King Institute of Preventive Medicine Bacteriolog. Section reports 1907-08
Year: 1907
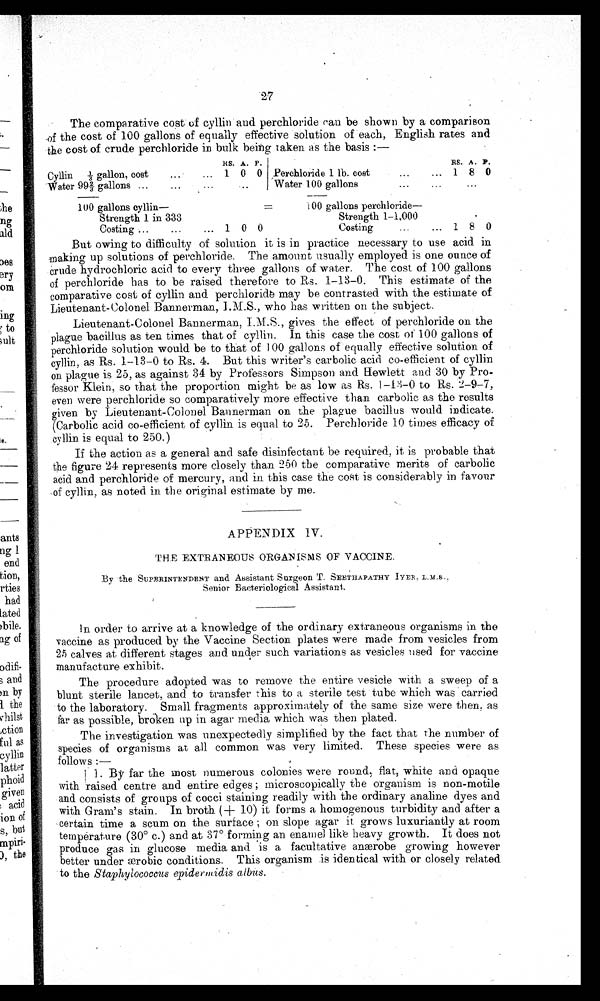
27
The comparative cost of cyllin and perchloride can be shown by a comparison
of the cost of 100 gallons of equally effective solution of each, English rates and
the cost of crude perchloride in bulk being taken as the basis : —
R S . A . P .
R
s . A .
P .
Cyllin1/3 gallon, cost
1 0 0 Perchloride 1 lb. cost
... 1 8 0
Water 99 2/3 gallons
Water 100 gallons
100 gallons cyllin— 100 gallons perchloride-
Strength 1 in 333
Strength 1-1,000
Costing...
... 1 0 0
Costing
... 1 8 0
But owing to difficulty of solution it is in practice necessary to use acid in
making up solutions of perchloride. The amount usually employed is one ounce of
crude hydrochloric acid to every three gallons of water. The cost of 100 gallons
of perchloride has to be raised therefore to Rs. 1-13-0. This estimate of the
comparative cost of cyllin and perchloride may be contrasted with the estimate of
Lieutenant-Colonel Bannerman, I.M.S., who has written on the subject.
Lieutenant-Colonel Bannerman, I.M.S., gives the effect of perchloride on the
plague bacillus as ten times that of cyllin. In this case the cost of 100 gallons of
perchloride solution would be to that of 100 gallons of equally effective solution of
cyllin, as Rs. 1-13-0 to Rs. 4. But this writer's carbolic acid co-efficient of cyllin
on plague is 25, as against 34 by Professors Simpson and Hewlett and 30 by Pro-
fessor Klein, so that the proportion might be as low as Rs.1-13-0 to Rs. 2 - 9 - 7 ,
even were perchloride so comparatively more effective than carbolic as the results
given by Lieutenant-Colonel Bannerman on the plague bacillus would indicate.
(Carbolic acid co-efficient of cyllin is equal to 25. Perchloride 10 times efficacy of
cyllin is equal to 250.)
If the action as a general and safe disinfectant be required, it is probable that
the figure 24 represents more closely than 250 the comparative merits of carbolic
acid and perchloride of mercury, and in this case the cost is considerably in favour
of cyllin, as noted in the original estimate by me.
APPENDIX IV.
THE EXTRANEOUS ORGANISMS OF VACCINE.
By the SUPERINTENDENT and Assistant Surgeon T. SEETHAPATHY IYER, I.M.S.,
Senior Bacteriological Assistant.
In order to arrive at a knowledge of the ordinary extraneous organisms in the
vaccine as produced by the Vaccine Section plates were made from vesicles from
25 calves at different stages and under such variations as vesicles used for vaccine
manufacture exhibit.
The procedure adopted was to remove the entire vesicle with a sweep of a
blunt sterile lancet, and to transfer this to a sterile test tube which was carried
to the laboratory. Small fragments approximately of the same size were then, as
far as possible, broken up in agar media which was then plated.
The investigation was unexpectedly simplified by the fact that the number of
species of organisms at all common was very limited. These species were as
follows :
—
1. By far the most numerous colonies were round, flat, white and opaque
with raised centre and entire edges; microscopically the organism is non-motile
and consists of groups of cocci staining readily with the ordinary analine dyes and
with Gram's stain. In broth (+10) it forms a homogenous turbidity and after a
certain time a scum on the surface; on slope agar it grows luxuriantly at room
temperature (30° c.) and at 37° forming an enamel like heavy growth. It does not
produce gas in glucose media and is a facultative anærobe growing however
better under ærobic conditions. This organism is identical with or closely related
to the Staphylococcus epidermidis albus.